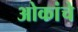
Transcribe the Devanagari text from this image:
ओकांचे